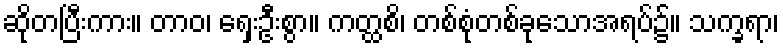
ဆိုတပြီးကား။ တာဝ၊ ရှေးဦးစွာ။ ကတ္ထစိ၊ တစ်စုံတစ်ခုသောအရပ်၌။ သက္ခရာ၊